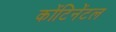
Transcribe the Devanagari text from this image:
कोंटिनेंटल